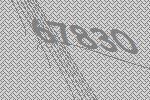
67830